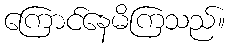
ကြောင်နေမိကြသည်။